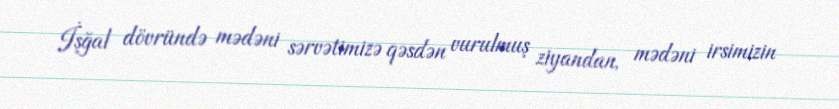
İşğal dövründə mədəni sərvətimizə qəsdən vurulmuş ziyandan, mədəni irsimizin